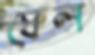
ফেল